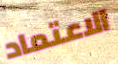
الاعتماد